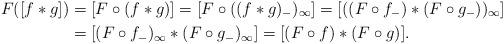
LaTeX: \begin{align*}F([f*g])&=[F\circ (f*g)]= [F \circ ((f*g)_-)_{\infty} ] = [((F \circ f_-) * (F \circ g_-))_{\infty}] \\&= [(F \circ f_-)_{\infty} * (F \circ g_-)_{\infty}] = [(F\circ f) * (F \circ g)].\end{align*}